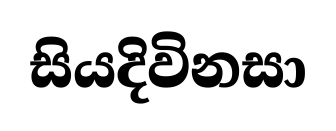
සියදිවිනසා